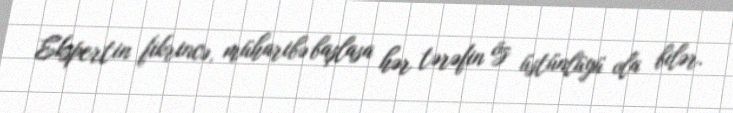
Ekspertin fikrincə, müharibə başlasa hər tərəfin öz üstünlüyü ola bilər.